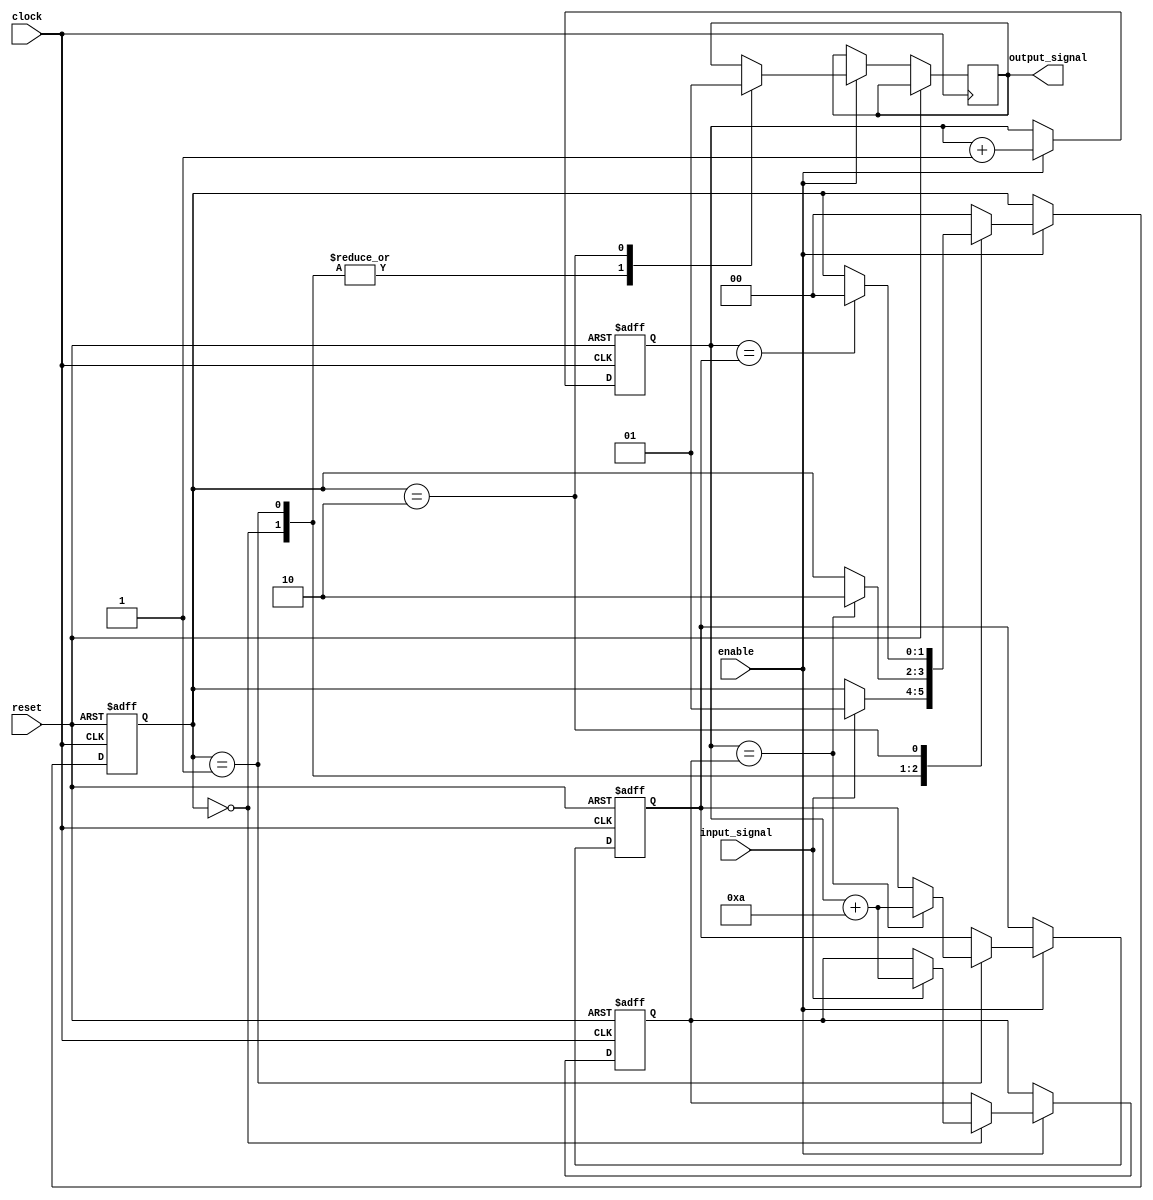
module timing_control(input wire clock, input wire reset, input wire enable, input wire input_signal, output reg output_signal);

parameter CAPACITANCE = 1;
parameter RESISTANCE = 1;
parameter DELAY = 10;

reg [31:0] counter;
reg [31:0] charge_time;
reg [31:0] discharge_time;
reg [1:0] state;

always @(posedge clock or posedge reset) begin
    if (reset) begin
        state <= 2'b00;
        counter <= 32'h0;
        charge_time <= 32'h0;
        discharge_time <= 32'h0;
    end
    else if (enable) begin
        case (state)
            2'b00: begin // Idle state
                output_signal <= 1'b0;
                if (input_signal) begin
                    state <= 2'b01;
                    charge_time <= counter + DELAY;
                end
            end
            2'b01: begin // Charging state
                output_signal <= 1'b0;
                if (counter == charge_time) begin
                    state <= 2'b10;
                    discharge_time <= counter + DELAY;
                end
            end
            2'b10: begin // Discharging state
                output_signal <= 1'b1;
                if (counter == discharge_time) begin
                    state <= 2'b00;
                end
            end
            default: begin
                state <= 2'b00;
            end
        endcase
        counter <= counter + 1;
    end
end

endmodule